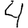
Digit: 4